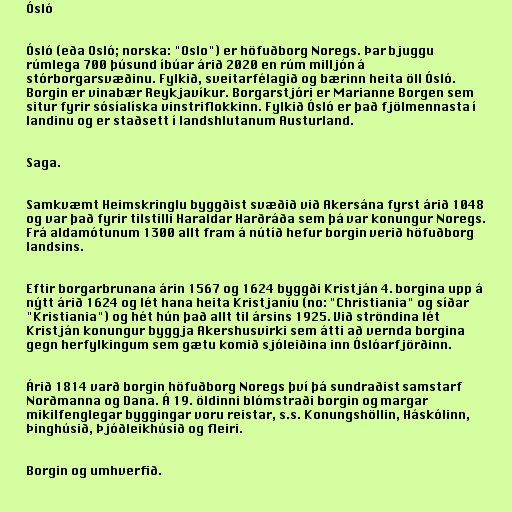
Ósló

Ósló (eða Osló; norska: "Oslo") er höfuðborg Noregs. Þar bjuggu
rúmlega 700 þúsund íbúar árið 2020 en rúm milljón á
stórborgarsvæðinu. Fylkið, sveitarfélagið og bærinn heita öll Ósló.
Borgin er vinabær Reykjavíkur. Borgarstjóri er Marianne Borgen sem
situr fyrir sósíalíska vinstriflokkinn. Fylkið Ósló er það fjölmennasta í
landinu og er staðsett í landshlutanum Austurland.

Saga.

Samkvæmt Heimskringlu byggðist svæðið við Akersána fyrst árið 1048
og var það fyrir tilstilli Haraldar Harðráða sem þá var konungur Noregs.
Frá aldamótunum 1300 allt fram á nútíð hefur borgin verið höfuðborg
landsins.

Eftir borgarbrunana árin 1567 og 1624 byggði Kristján 4. borgina upp á
nýtt árið 1624 og lét hana heita Kristjaníu (no: "Christiania" og síðar
"Kristiania") og hét hún það allt til ársins 1925. Við ströndina lét
Kristján konungur byggja Akershusvirki sem átti að vernda borgina
gegn herfylkingum sem gætu komið sjóleiðina inn Óslóarfjörðinn.

Árið 1814 varð borgin höfuðborg Noregs því þá sundraðist samstarf
Norðmanna og Dana. Á 19. öldinni blómstraði borgin og margar
mikilfenglegar byggingar voru reistar, s.s. Konungshöllin, Háskólinn,
Þinghúsið, Þjóðleikhúsið og fleiri.

Borgin og umhverfið.